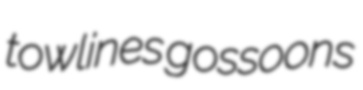
towlines gossoons